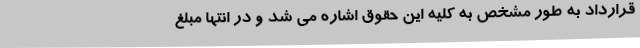
قرارداد به طور مشخص به کلیه این حقوق اشاره می شد و در انتها مبلغ